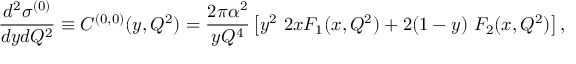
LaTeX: \frac { d ^ { 2 } \sigma ^ { ( 0 ) } } { d y d Q ^ { 2 } } \equiv C ^ { ( 0 , 0 ) } ( y , Q ^ { 2 } ) = \frac { 2 \pi \alpha ^ { 2 } } { y Q ^ { 4 } } \left[ y ^ { 2 } ~ 2 x F _ { 1 } ( x , Q ^ { 2 } ) + 2 ( 1 - y ) ~ F _ { 2 } ( x , Q ^ { 2 } ) \right] ,